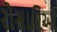
રોસારિઓ